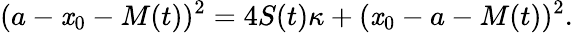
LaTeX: (a-\mathit{x}_{0}-M(t))^{2}=4S(t)\kappa+(\mathit{x}_{0}-a-M(t))^{2}.